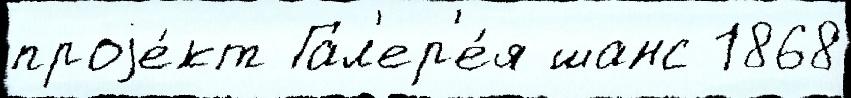
проjе́кт Гал'ер'е́я шанс 1868